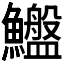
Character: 𱇆